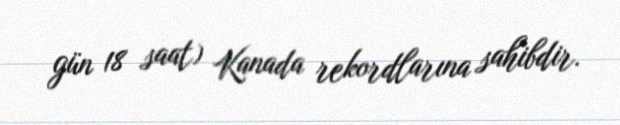
gün 18 saat) Kanada rekordlarına sahibdir.